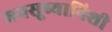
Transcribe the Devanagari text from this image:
मनसूब्यानिशी